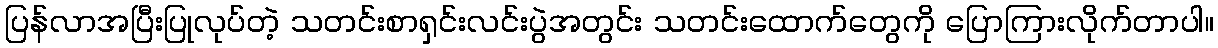
ပြန်လာအပြီးပြုလုပ်တဲ့ သတင်းစာရှင်းလင်းပွဲအတွင်း သတင်းထောက်တွေကို ပြောကြားလိုက်တာပါ။